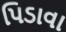
પિડાવા